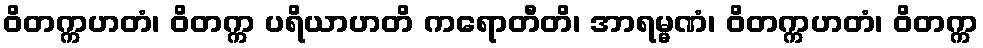
ဝိတက္ကဟတံ၊ ဝိတက္က ပရိယာဟတိ ကရောတီတိ၊ အာရမ္မဏံ၊ ဝိတက္ကဟတံ၊ ဝိတက္က